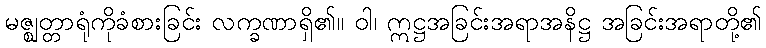
မဇ္ဈတ္တာရုံကိုခံစားခြင်း လက္ခဏာရှိ၏။ ဝါ၊ ဣဋ္ဌအခြင်းအရာအနိဋ္ဌ အခြင်းအရာတို့၏